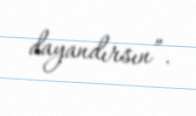
dayandırsın”.